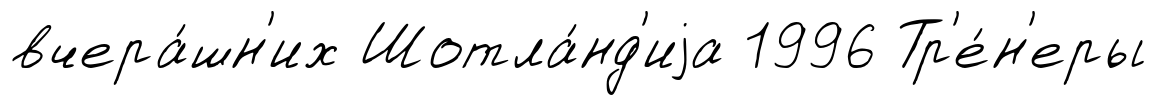
вчера́шн'их Шотла́нд'иjа 1996 Тр'е́н'еры